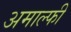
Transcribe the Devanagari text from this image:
अमाल्फी